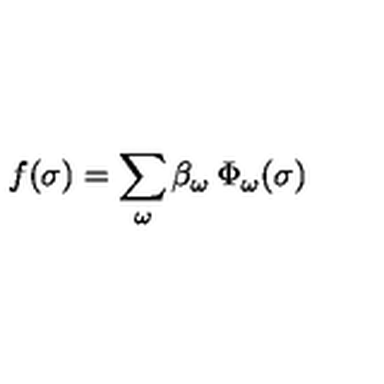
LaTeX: f ( \sigma ) = \sum _ { \omega } \beta _ { \omega } \: \Phi _ { \omega } ( \sigma )